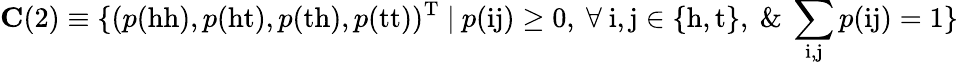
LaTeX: \mathbf{C}(2)\equiv\{ (p(\mathrm{hh}),p(\mathrm{ht}),p(\mathrm{th}),p(\mathrm{tt}))^{\mathrm{T}}~|~p(\mathrm{ij})\ge 0,~\forall~\mathrm{i},\mathrm{j}\in\{ \mathrm{h},\mathrm{t}\} ,~\& ~\sum_{\mathrm{i},\mathrm{j}}p(\mathrm{ij})=1\}